Leaving Certificate Examination (including Day School Certificate (Higher) General paper), 1939
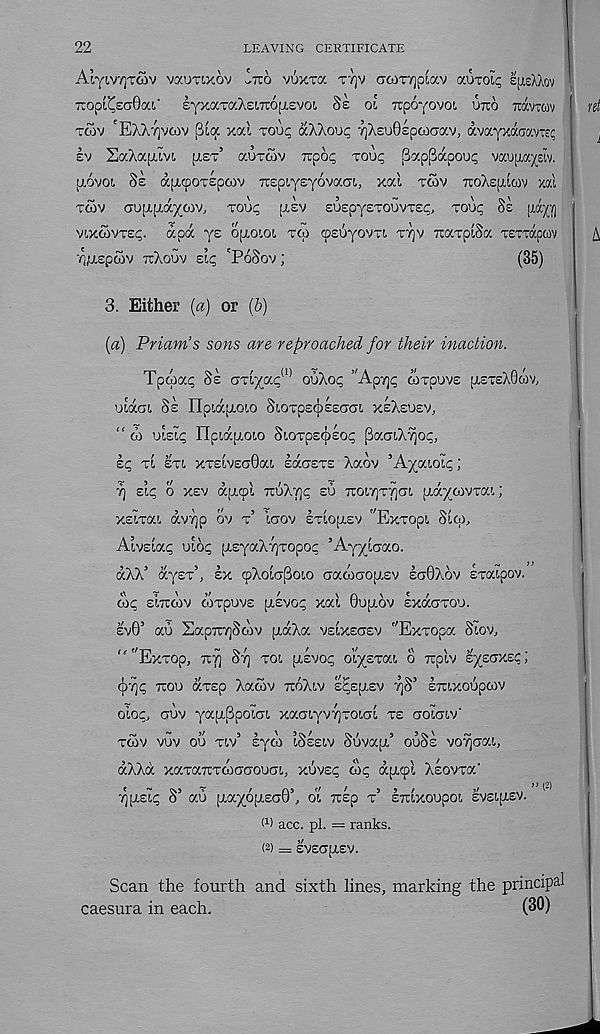
22
LEAVING CERTIFICATE
AlyiwjTGiv vaurixov ^TTO vuxva TT]V GC0T7]piav auTOi<; efisXXov
Tcopl^saSa!,' eyxaTaXeiTrojioVOL Se oi Tcpoyovoi UTIO TOVTWV
T£5V 'EAXT]VCOV j3ia xal rou^ oCKkovc, TjXsuBspcoGav, avayxdbavTei;
ev SaXapiivi, [TET’ auTtov irpoi; TOU<; [3ocp[japoup vaujAa^eiv.
[JLOVOL 8e ap.(poT£pcov TOpiysyovaai, xal TWV TTOXspicov xal
Toiv aupip-ayoiv, TOU<; [LEV euEpyeTOUvxsi;, TOU^ SS [M^fj
VLXCOVTE?.
apdc ye opioioi TCO cpeuyovTi TTJV TtarplSa TETTaptov
r'i/Aopoiv TTXOUV £i^ 'POSOV ;
(35)
3. Either (a) or (6)
(a) Priam’s sons are reproached for their inaction.
Tpwat; Sz orixa^ ouXoc, ’'Apy]^ COTOOVE [ASTSXOOIV,
uldoi 8e npiapioio SiorpE(|)££GGL XEXEOEV,
“ 01 ULEL^ TIpiajJ-OLO SlOTp£^>£0^ (jaCTlXTjOp,
eq TL zn XTZivzoOoa lacjETS Xadv ’Ayaioip;
y zlq o XEV apicpl nuXj]q EU 7rot,7]T^CTi [xa/covTa!,;
XEITOCL d.V7)p dv T’ ICTOV ETIOpLEV "ExTOpt, SlW,
Aivslap uldp [AsyaXfjTopop ’Ayyicrao.
dXX 5 dysT 5 , EX 9X0^^010 aaddaopiEv EGQXOV svaipov.
cop EITCCOV coTpuvs [AEvop xal 0U[J.dv EXOCGTOU.
EV0’ au Sap7r:7]Scdv piocXa VEIXEGEV "ExTopa Siov,
""ExTOp, 717] 8T] TOI, [AEVOp ol^STat. 0 TUptv EyEGXEC)
cj)-?ip TCOU CCTEp Xacov TCOXlV E^EfAEV 7)S’ ETUXOUpCOV
oioc, GUV ya^SpoiGL xaGiyv^TOLGi TE GOLGLV’
TOOV VUV OU Tiv’ Eyed iSsELV SuVCCp/ OUSE VOTJGai.,
dXXd XCCTOCTCTCOGGOUGI, xuvsp wp diAfpl XEOVTOC’
■^[AEIC S’ au (Aay6[A£G0d Ol Tisp T’ STClXOUpOt. EVEIfASV.
>> (2)
l 1 ) acc. pi. == ranks.
(2) = £VEG[AEV.
Scan the fourth and sixth lines, marking the principal
caesura in each.
(30)